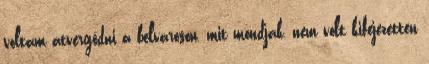
voltam átvergődni a belvároson, mit mondjak, nem volt kifejezetten